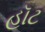
હૉટ